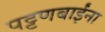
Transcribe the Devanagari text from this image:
पट्टणबाईंना